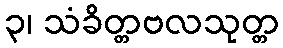
၃၊ သံခိတ္တဗလသုတ္တ